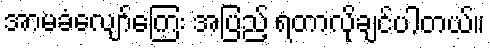
အာမခံလျော်ကြေး အပြည့် ရတာလိုချင်ပါတယ်။